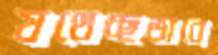
যথেচ্ছভাবে